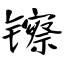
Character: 镲